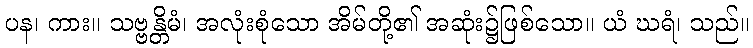
ပန၊ ကား။ သဗ္ဗန္တိမံ၊ အလုံးစုံသော အိမ်တို့၏ အဆုံး၌ဖြစ်သော။ ယံ ဃရံ၊ သည်။